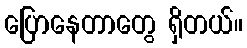
ပြောနေတာတွေ ရှိတယ်။